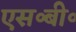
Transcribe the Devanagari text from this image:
एस॰बी॰